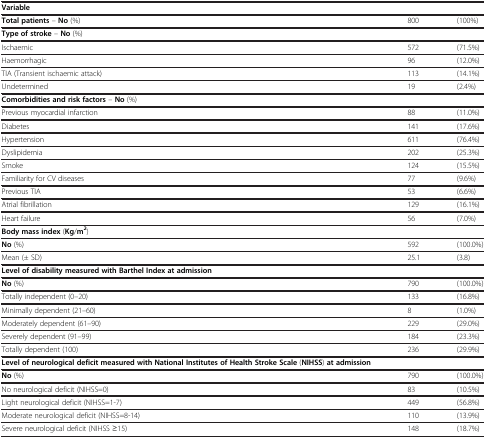
| <COLSPAN=3>  |
 | --- | --- | --- |
 | Total patients – No (%) | 800 | (100%) |
 | Type of stroke – No (%) |  |  |
 | Ischaemic | 572 | (71.5%) |
 | Haemorrhagic | 96 | (12.0%) |
 | TIA (Transient ischaemic attack) | 113 | (14.1%) |
 | Undetermined | 19 | (2.4%) |
 | Comorbidities and risk factors – No (%) |  |  |
 | Previous myocardial infarction | 88 | (11.0%) |
 | Diabetes | 141 | (17.6%) |
 | Hypertension | 611 | (76.4%) |
 | Dyslipidemia | 202 | (25.3%) |
 | Smoke | 124 | (15.5%) |
 | Familiarity for CV diseases | 77 | (9.6%) |
 | Previous TIA | 53 | (6.6%) |
 | Atrial fibrillation | 129 | (16.1%) |
 | Heart failure | 56 | (7.0%) |
 | Body mass index (Kg/m2) |  |  |
 | No (%) | 592 | (100.0%) |
 | Mean (± SD) | 25.1 | (3.8) |
 | Level of disability measured with Barthel Index at admission |  |  |
 | No (%) | 790 | (100.0%) |
 | Totally independent (0–20) | 133 | (16.8%) |
 | Minimally dependent (21–60) | 8 | (1.0%) |
 | Moderately dependent (61–90) | 229 | (29.0%) |
 | Severely dependent (91–99) | 184 | (23.3%) |
 | Totally dependent (100) | 236 | (29.9%) |
 | Level of neurological deficit measured with National Institutes of Health Stroke Scale (NIHSS) at admission |  |  |
 | No (%) | 790 | (100.0%) |
 | No neurological deficit (NIHSS=0) | 83 | (10.5%) |
 | Light neurological deficit (NIHSS=1-7) | 449 | (56.8%) |
 | Moderate neurological deficit (NIHSS=8-14) | 110 | (13.9%) |
 | Severe neurological deficit (NIHSS ≥15) | 148 | (18.7%) |